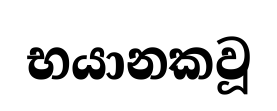
භයානකවූ